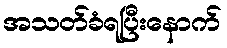
အသတ်ခံရပြီးနောက်